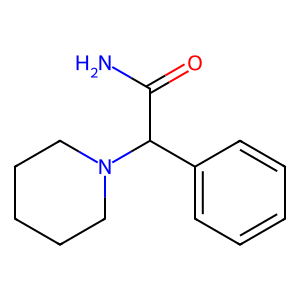
SMILES: NC(=O)C(c1ccccc1)N1CCCCC1
Inhibits HIV replication: No